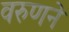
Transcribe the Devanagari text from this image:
वरुणने